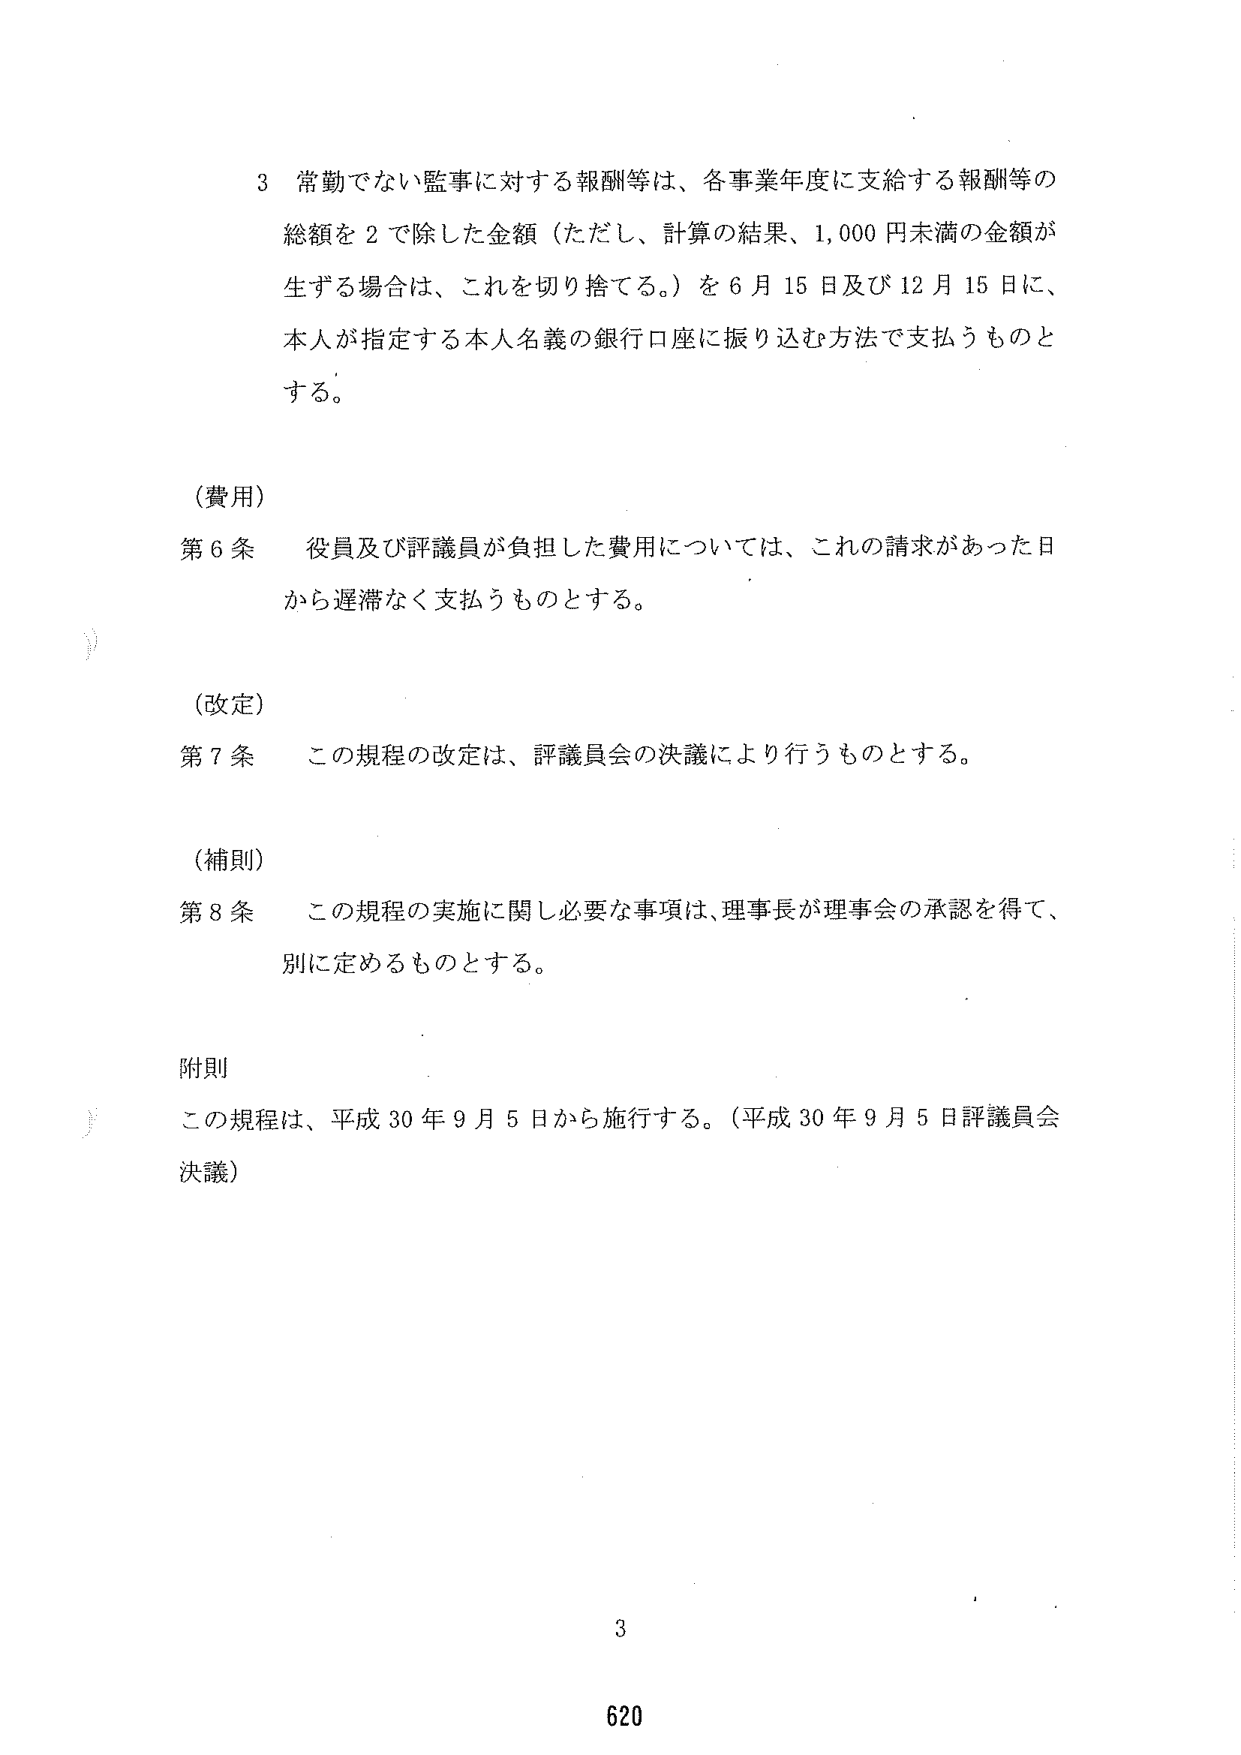
3 常勤でない監事に対する報酬等は、各事業年度に支給する報酬等の
総額を 2 で除した金額（ただし、計算の結果、1,000 円未満の金額が
生ずる場合は、これを切り捨てる。）を 6 月 15 日及び 12 月 15 日に、
本人が指定する本人名義の銀行口座に振り込む方法で支払うものと
する。

（費用）
第 6 条 役員及び評議員が負担した費用については、これの請求があった日
から遅滞なく支払うものとする。

（改定）
第 7 条 この規程の改定は、評議員会の決議により行うものとする。

（補則）
第 8 条 この規程の実施に関し必要な事項は、理事長が理事会の承認を得て、
別に定めるものとする。

附則
この規程は、平成 30 年 9 月 5 日から施行する。（平成 30 年 9 月 5 日評議員会
決議）

3
620